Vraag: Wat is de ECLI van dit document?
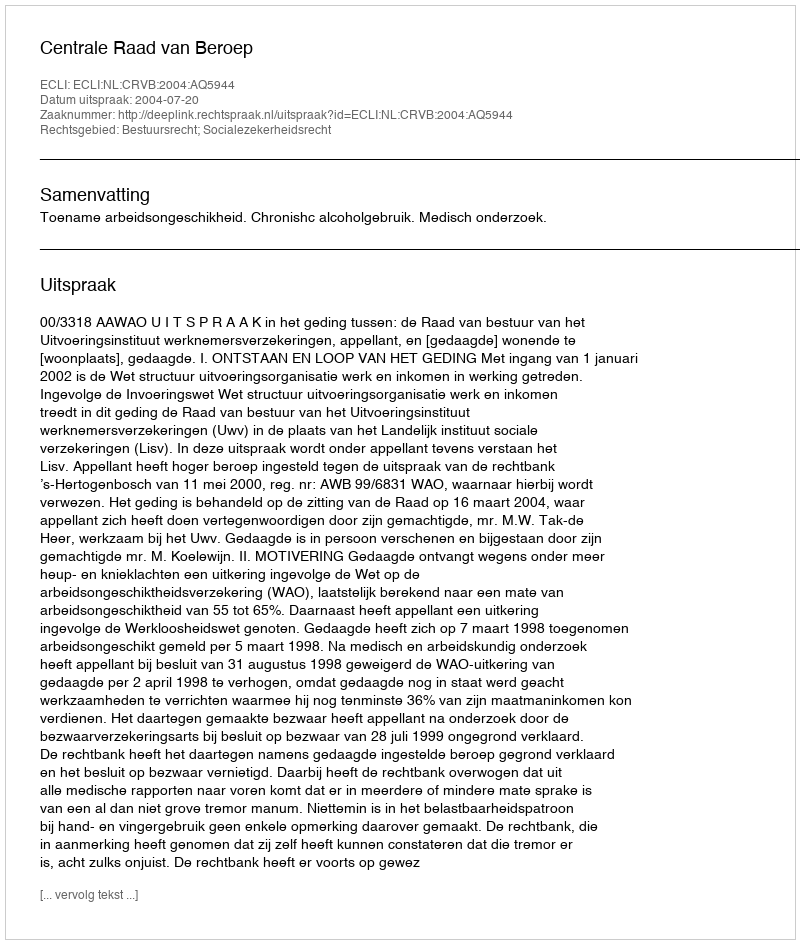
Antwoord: ECLI:NL:CRVB:2004:AQ5944